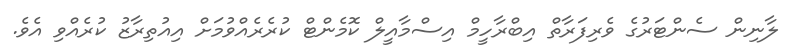
ލާނިން ސެންޓަރުގެ ވެރިފަރާތް އިބްރާހީމް އިސްމާއީލް ކޮމެންޓް ކުރެރެއްވުމަށް އިއުތިރާޒު ކުރެއްވި އެވެ.